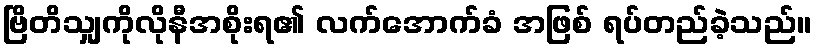
ဗြိတိသျှကိုလိုနီအစိုးရ၏ လက်အောက်ခံ အဖြစ် ရပ်တည်ခဲ့သည်။